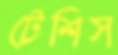
টেশিস